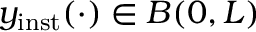
y _ { \mathrm { i n s t } } ( \cdot ) \in B ( 0 , L )